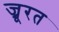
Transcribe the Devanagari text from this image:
ज्रूरत